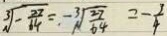
\sqrt [ 3 ] { - \frac { 2 7 } { 6 4 } } = - \sqrt [ 3 ] { \frac { 2 7 } { 6 4 } } = - \frac { 3 } { 4 }